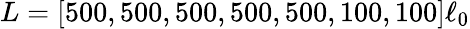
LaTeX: L=[500,500,500,500,500,100,100]\ell_{0}